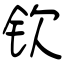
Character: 钦